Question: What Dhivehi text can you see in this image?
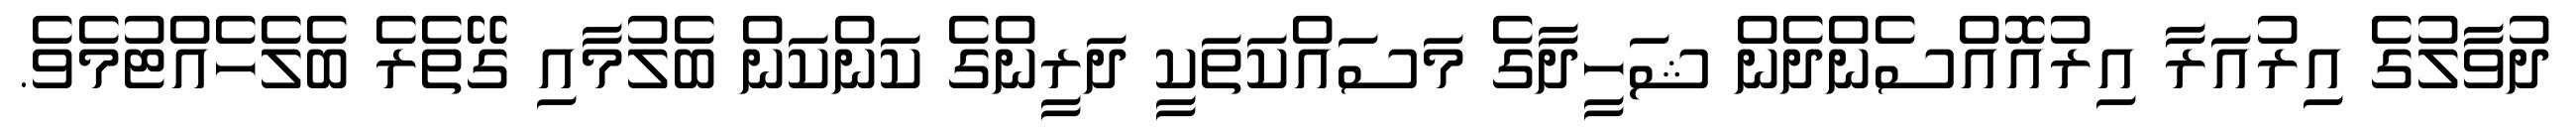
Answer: ދުވާލުގެ އިރުއަރާ އިރުއޮއްސެންދެން ޝަހީދާގެ މަސައްކަތަކީ ދަރީންގެ ކަންކަން ބެލުމާއި ގޭތެރެ ބެލެހެއްޓުމެވެ.